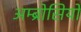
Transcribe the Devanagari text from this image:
अम्ब्रोसियो